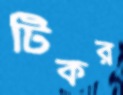
টিকর